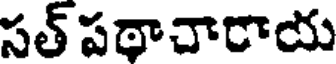
సత్ పథాచారాయ